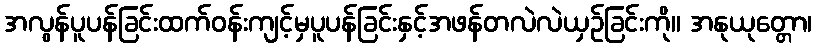
အလွန်ပူပန်ခြင်းထက်ဝန်းကျင့်မှပူပန်ခြင်းနှင့်အဖန်တလဲလဲယှဉ်ခြင်းကို။ အနုယုတ္တော၊